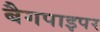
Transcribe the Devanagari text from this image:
बैगपाइपर